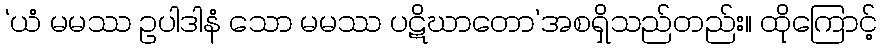
‘ယံ မမဿ ဥပါဒါနံ သော မမဿ ပဋိဃာတော’အစရှိသည်တည်း။ ထိုကြောင့်